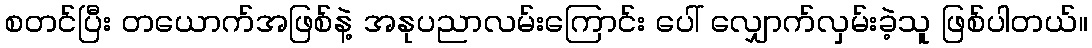
စတင်ပြီး တယောက်အဖြစ်နဲ့ အနုပညာလမ်းကြောင်း ပေါ် လျှောက်လှမ်းခဲ့သူ ဖြစ်ပါတယ်။